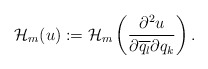
\begin{align*} \mathcal{H}_m(u):=\mathcal{H}_m\left( \frac{\partial^2 u}{\partial \overline{q_l}\partial {q_k}} \right). \end{align*}